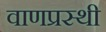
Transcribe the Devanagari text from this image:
वाणप्रस्थी